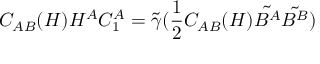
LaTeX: C _ { A B } ( H ) H ^ { A } C _ { 1 } ^ { A } = \tilde { \gamma } ( \frac { 1 } { 2 } C _ { A B } ( H ) \tilde { B ^ { A } } \tilde { B ^ { B } } )